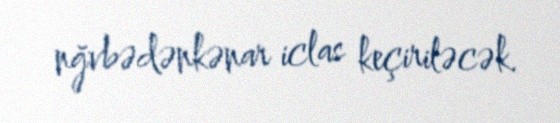
nğvbədənkənar iclas keçiriləcək.